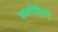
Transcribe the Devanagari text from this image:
साल्पेट्रियरे